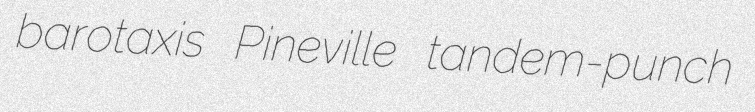
barotaxis Pineville tandem-punch